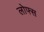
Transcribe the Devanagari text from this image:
लोफ्स